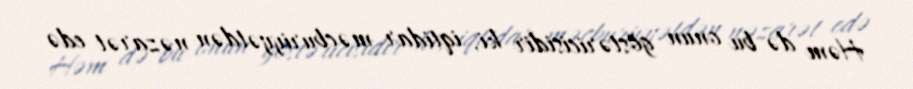
Həm də bu onun göstəricisidir ki, iqtidar məcburiyyətdən nəzarət edə